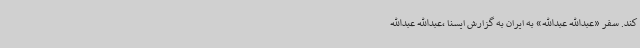
کند. سفر «عبدالله عبدالله» به ایران به گزارش ایسنا ،عبدالله عبدالله